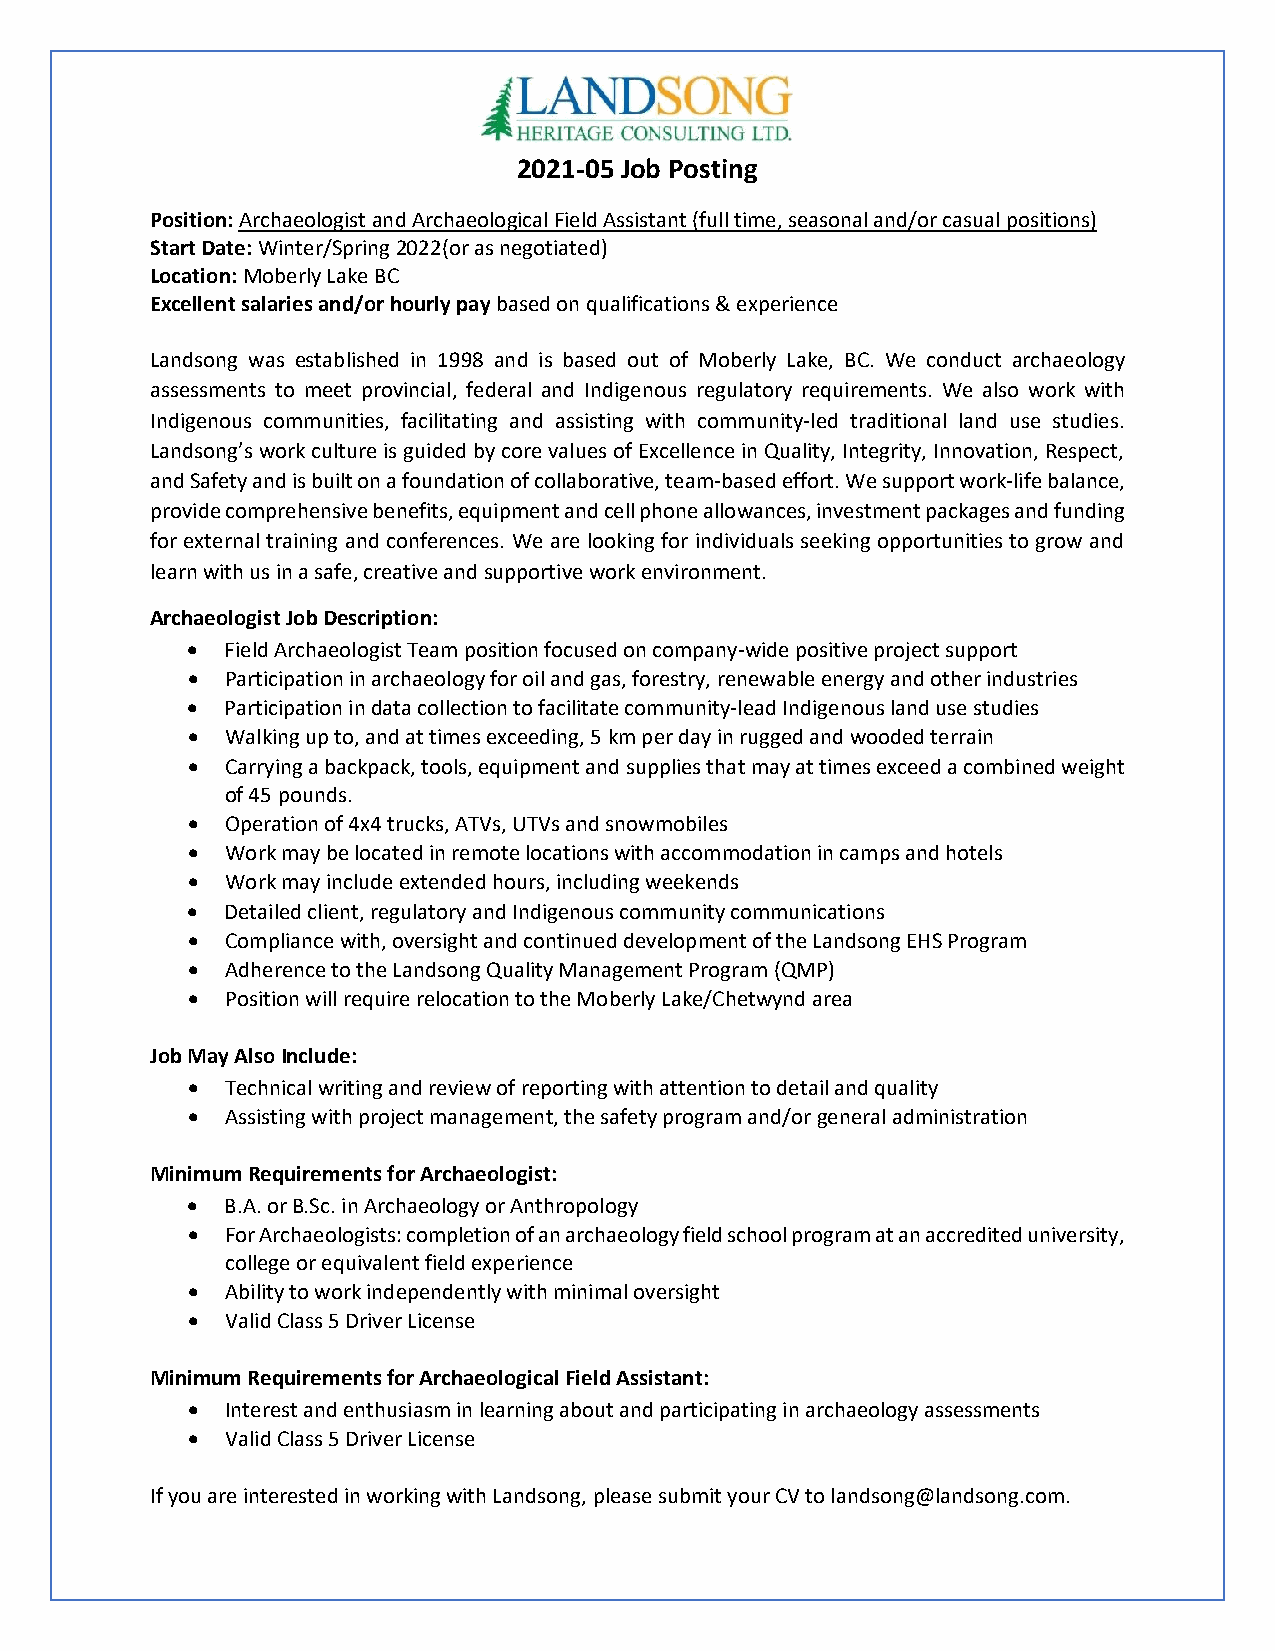
2021-05 Job Posting
 Position: Archaeologist and Archaeological Field Assistant (full time, seasonal and/or casual positions)
 Start Date: Winter/Spring 2022(or as negotiated)
 Location: Moberly Lake BC
 Excellent salaries and/or hourly pay based on qualifications & experience
 Landsong was established in 1998 and is based out of Moberly Lake, BC. We conduct archaeology
 assessments to meet provincial, federal and Indigenous regulatory requirements. We also work with
 Indigenous communities, facilitating and assisting with community-led traditional land use studies.
 Landsong’s work culture is guided by core values of Excellence in Quality, Integrity, Innovation, Respect,
 and Safety and is built on a foundation of collaborative, team-based effort. We support work-life balance,
 provide comprehensive benefits, equipment and cell phone allowances, investment packages and funding
 for external training and conferences. We are looking for individuals seeking opportunities to grow and
 learn with us in a safe, creative and supportive work environment.
 Archaeologist Job Description:
 •  Field Archaeologist Team position focused on company-wide positive project support
 •  Participation in archaeology for oil and gas, forestry, renewable energy and other industries
 •  Participation in data collection to facilitate community-lead Indigenous land use studies
 •  Walking up to, and at times exceeding, 5 km per day in rugged and wooded terrain
 •  Carrying a backpack, tools, equipment and supplies that may at times exceed a combined weight
 of 45 pounds.
 •  Operation of 4x4 trucks, ATVs, UTVs and snowmobiles
 •  Work may be located in remote locations with accommodation in camps and hotels
 •  Work may include extended hours, including weekends
 •  Detailed client, regulatory and Indigenous community communications
 •  Compliance with, oversight and continued development of the Landsong EHS Program
 •  Adherence to the Landsong Quality Management Program (QMP)
 •  Position will require relocation to the Moberly Lake/Chetwynd area
 Job May Also Include:
 •  Technical writing and review of reporting with attention to detail and quality
 •  Assisting with project management, the safety program and/or general administration
 Minimum Requirements for Archaeologist:
 •  B.A. or B.Sc. in Archaeology or Anthropology
 •  For Archaeologists: completion of an archaeology field school program at an accredited university,
 college or equivalent field experience
 •  Ability to work independently with minimal oversight
 •  Valid Class 5 Driver License
 Minimum Requirements for Archaeological Field Assistant:
 •  Interest and enthusiasm in learning about and participating in archaeology assessments
 •  Valid Class 5 Driver License
 If you are interested in working with Landsong, please submit your CV to landsong@landsong.com.